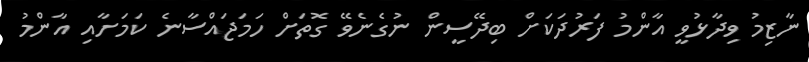
ނާޒިމު ވިދާޅުވީ އާންމު ފަރުދަކަށް ބިދޭސީން ނުގެނެވޭ ގޮތަށް ހަމަޖައްސާނެ ކަމަށާއި އާންމު